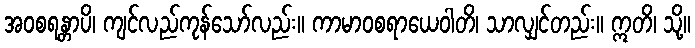
အဝစရန္တာပိ၊ ကျင်လည်ကုန်သော်လည်း။ ကာမာဝစရာယေဝါတိ၊ သာလျှင်တည်း။ ဣတိ၊ သို့။